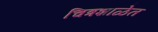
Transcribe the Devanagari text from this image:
चित्रशाळेत